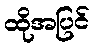
ထိုအပြင်